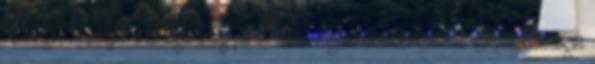
Őrséget, vezetőjük a Polgárőrség parancsnoka: Goldschmidt Tamás. A csendőrséget